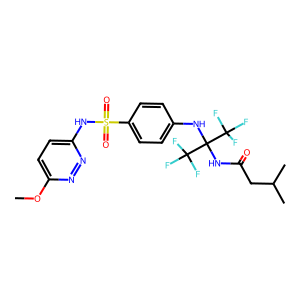
SMILES: COc1ccc(NS(=O)(=O)c2ccc(NC(NC(=O)CC(C)C)(C(F)(F)F)C(F)(F)F)cc2)nn1
Inhibits HIV replication: No